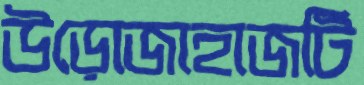
উড়োজাহাজটি